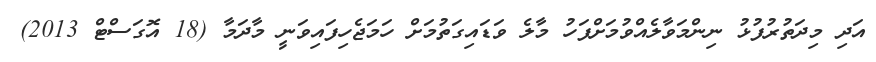
އަދި މިދަތުރުފުޅު ނިންމަވާލެއްވުމަށްފަހު މާލެ ވަޑައިގަތުމަށް ހަމަޖެހިފައިވަނީ މާދަމާ (18 އޮގަސްޓް 2013)